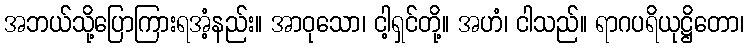
အဘယ်သို့ပြောကြားရအံ့နည်း။ အာဝုသော၊ ငါ့ရှင်တို့။ အဟံ၊ ငါသည်။ ရာဂပရိယုဋ္ဌိတော၊